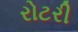
રોટરી